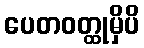
ပေတဝတ္ထုမှိပိ